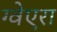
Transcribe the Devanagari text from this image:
ग्वेएरा